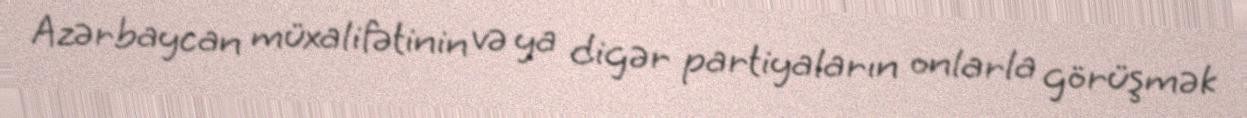
Azərbaycan müxalifətinin və ya digər partiyaların onlarla görüşmək